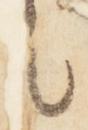
候